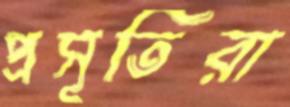
প্রসূতিরা